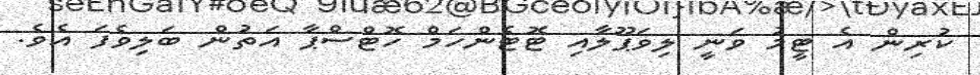
ކުރިން އެ ޓީމު ވަނީ ލިވަޕޫލާއި ޓޮޓެންހަމް ހޮޓްސްޕާ އަތުން ބަލިވެފަ އެވެ.